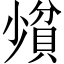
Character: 𪨄